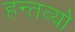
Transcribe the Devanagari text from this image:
हन्तव्यो